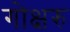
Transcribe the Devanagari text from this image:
गोक्षरु